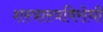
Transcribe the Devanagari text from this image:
शस्त्रास्त्रविरोधी